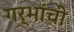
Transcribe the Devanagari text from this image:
गर्भांची